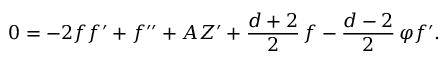
0 = - 2 f f ^ { \prime } + f ^ { \prime \prime } + A Z ^ { \prime } + \frac { d + 2 } { 2 } \, f - \frac { d - 2 } { 2 } \, \varphi f ^ { \prime } .